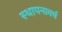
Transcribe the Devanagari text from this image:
स्थापनावर्ष